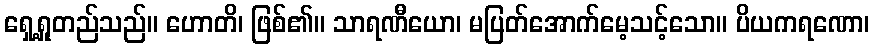
ရှေ့ရှုတည်သည်။ ဟောတိ၊ ဖြစ်၏။ သာရဏီယော၊ မပြတ်အောက်မေ့သင့်သော။ ပိယကရဏော၊